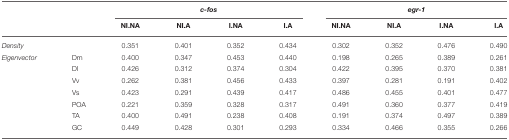
<table><thead><tr><td></td><td></td><td colspan="4"><b><i>c-fos</i></b></td><td colspan="4"><b><i>egr-1</i></b></td></tr><tr><td></td><td></td><td><b>NI.NA</b></td><td><b>NI.A</b></td><td><b>I.NA</b></td><td><b>I.A</b></td><td><b>NI.NA</b></td><td><b>NI.A</b></td><td><b>I.NA</b></td><td><b>I.A</b></td></tr></thead><tbody><tr><td colspan="2"><i>Density</i></td><td>0.351</td><td>0.401</td><td>0.352</td><td>0.434</td><td>0.302</td><td>0.352</td><td>0.476</td><td>0.490</td></tr><tr><td><i>Eigenvector</i></td><td>Dm</td><td>0.400</td><td>0.347</td><td>0.453</td><td>0.440</td><td>0.198</td><td>0.265</td><td>0.389</td><td>0.261</td></tr><tr><td></td><td>Dl</td><td>0.426</td><td>0.312</td><td>0.374</td><td>0.304</td><td>0.422</td><td>0.395</td><td>0.370</td><td>0.381</td></tr><tr><td></td><td>Vv</td><td>0.262</td><td>0.381</td><td>0.456</td><td>0.433</td><td>0.397</td><td>0.281</td><td>0.191</td><td>0.402</td></tr><tr><td></td><td>Vs</td><td>0.423</td><td>0.291</td><td>0.439</td><td>0.417</td><td>0.486</td><td>0.455</td><td>0.401</td><td>0.477</td></tr><tr><td></td><td>POA</td><td>0.221</td><td>0.359</td><td>0.328</td><td>0.317</td><td>0.491</td><td>0.360</td><td>0.377</td><td>0.419</td></tr><tr><td></td><td>TA</td><td>0.400</td><td>0.491</td><td>0.238</td><td>0.408</td><td>0.191</td><td>0.374</td><td>0.497</td><td>0.389</td></tr><tr><td></td><td>GC</td><td>0.449</td><td>0.428</td><td>0.301</td><td>0.293</td><td>0.334</td><td>0.466</td><td>0.355</td><td>0.266</td></tr></tbody></table>